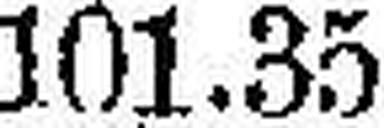
101.35